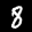
Label: 8